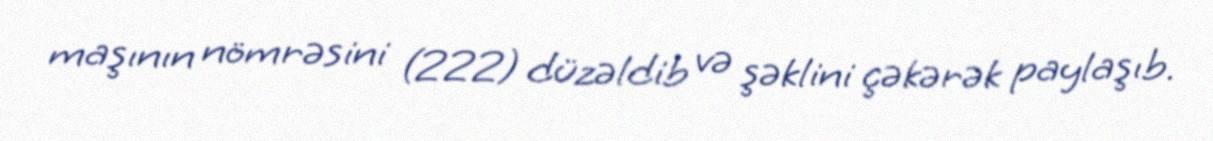
maşının nömrəsini (222) düzəldib və şəklini çəkərək paylaşıb.